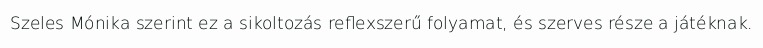
Szeles Mónika szerint ez a sikoltozás reflexszerű folyamat, és szerves része a játéknak.